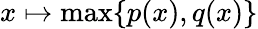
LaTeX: x\mapsto\operatorname*{max}\{ p(x),q(x)\}